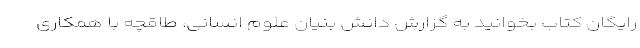
رایگان کتاب بخوانید به گزارش دانش بنیان علوم انسانی، طاقچه با همکاری